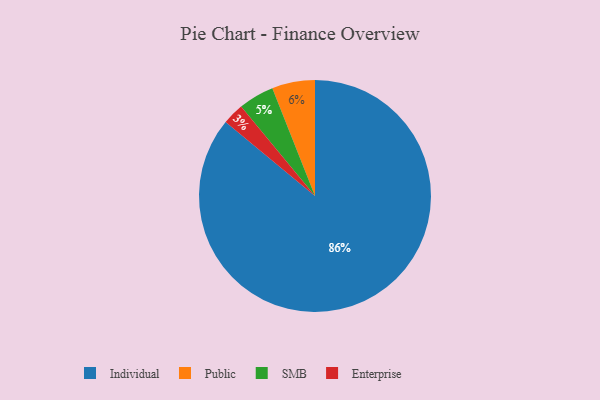
{"axis": {"x": "Category", "y": "Percentage"}, "legend": ["Enterprise", "Individual", "Public", "SMB"], "data": [{"x": "Individual", "y": 86, "type": "Individual"}, {"x": "Enterprise", "y": 3, "type": "Enterprise"}, {"x": "Public", "y": 6, "type": "Public"}, {"x": "SMB", "y": 5, "type": "SMB"}]}